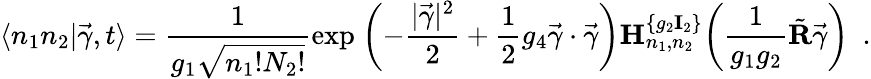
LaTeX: \langle n_{1}n_{2}|\vec{\gamma},t\rangle={\frac{1}{g_{1}\sqrt{n_{1}!N_{2}!}}}\mathrm{exp}\ \biggl(-{\frac{|\vec{\gamma}|^{2}}{2}}+{\frac{1}{2}}g_{4}\vec{\gamma}\cdot\vec{\gamma}\biggr){\mathbf H}_{n_{1},n_{2}}^{\{ g_{2}{\mathbf I_{2}}\} }\biggl({\frac{1}{g_{1}g_{2}}}\tilde{\mathbf R}\vec{\gamma}\biggr)\ \ .